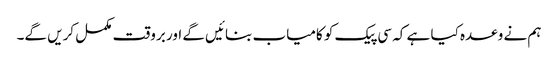
ہم نے وعدہ کیا ہے کہ سی پیک کو کامیاب بنائیں گے اور بروقت مکمل کریں گے۔